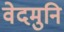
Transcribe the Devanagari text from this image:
वेदमुनि